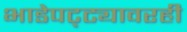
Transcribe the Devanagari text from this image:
भाडेपट्ट्यावरही